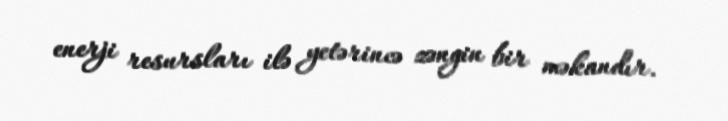
enerji resursları ilə yetərincə zəngin bir məkandır.